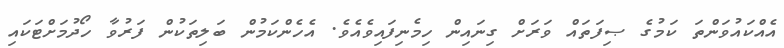
އެއްކައުވަންތަ ކަމުގެ ޞިފަތައް ވަރަށް ގިނައިން ހިމެނިފައިވެއެވެ. އެހެންކަމުން ބަލިތަކުން ފަރުވާ ހޯދުމަށްޓަކައި